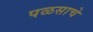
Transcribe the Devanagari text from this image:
पळसाचे